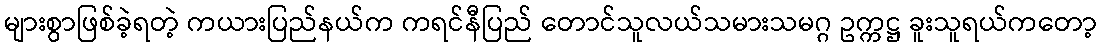
များစွာဖြစ်ခဲ့ရတဲ့ ကယားပြည်နယ်က ကရင်နီပြည် တောင်သူလယ်သမားသမဂ္ဂ ဥက္ကဋ္ဌ ခူးသူရယ်ကတော့